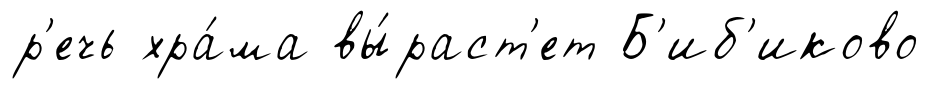
р'ечь хра́ма вы́раст'ет Б'иб'иково